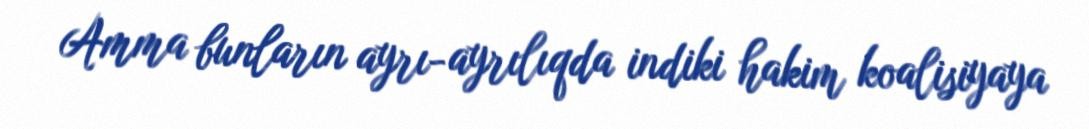
Amma bunların ayrı-ayrılıqda indiki hakim koalisiyaya